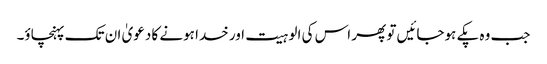
جب وہ پکے ہوجائیں تو پھر اس کی الوہیت اور خدا ہونے کا دعویٰ ان تک پہنچاؤ۔